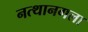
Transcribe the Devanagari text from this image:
नत्थानगला